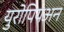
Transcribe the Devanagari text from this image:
युरोपियअन